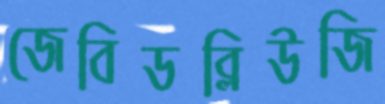
জেবিডব্লিউজি